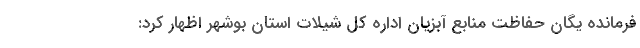
فرمانده یگان حفاظت منابع آبزیان اداره کل شیلات استان بوشهر اظهار کرد: